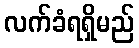
လက်ခံရရှိမည်